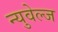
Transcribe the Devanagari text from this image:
न्युवेल्ज